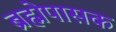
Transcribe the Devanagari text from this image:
ब्रह्मेपासक